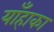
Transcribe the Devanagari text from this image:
याँहाका